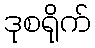
ဒုစရိုက်